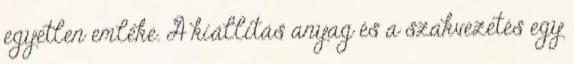
egyetlen emléke. A kiállítás anyag és a szakvezetés egy